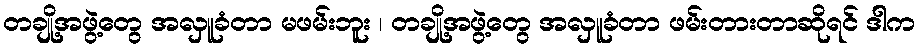
တချို့အဖွဲ့တွေ အလှူခံတာ မဖမ်းဘူး ၊ တချို့အဖွဲ့တွေ အလှူခံတာ ဖမ်းတားတာဆိုရင် ဒါက